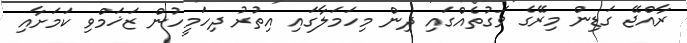
ރާއްޖޭ ގަޑިން މިރޭގެ ވަގުތެއްގައި ދިން މިހަމަލާގައި އިތުރު ދިހަމީހުން ޒަޚަމްވި ކަމަށާއި